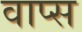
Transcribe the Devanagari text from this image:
वाप्स